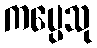
ကပ္ပေသု